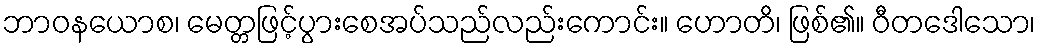
ဘာဝနယောစ၊ မေတ္တဖြင့်ပွားစေအပ်သည်လည်းကောင်း။ ဟောတိ၊ ဖြစ်၏။ ဝီတဒေါသော၊